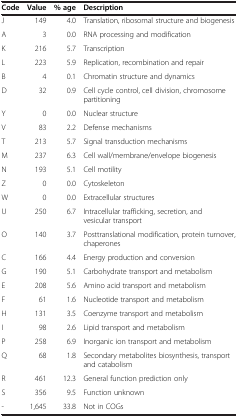
<table><thead><tr><td><b>Code</b></td><td><b>Value</b></td><td><b>% age</b></td><td><b>Description</b></td></tr></thead><tbody><tr><td>J</td><td>149</td><td>4.0</td><td>Translation, ribosomal structure and biogenesis</td></tr><tr><td>A</td><td>3</td><td>0.0</td><td>RNA processing and modification</td></tr><tr><td>K</td><td>216</td><td>5.7</td><td>Transcription</td></tr><tr><td>L</td><td>223</td><td>5.9</td><td>Replication, recombination and repair</td></tr><tr><td>B</td><td>4</td><td>0.1</td><td>Chromatin structure and dynamics</td></tr><tr><td>D</td><td>32</td><td>0.9</td><td>Cell cycle control, cell division, chromosome partitioning</td></tr><tr><td>Y</td><td>0</td><td>0.0</td><td>Nuclear structure</td></tr><tr><td>V</td><td>83</td><td>2.2</td><td>Defense mechanisms</td></tr><tr><td>T</td><td>213</td><td>5.7</td><td>Signal transduction mechanisms</td></tr><tr><td>M</td><td>237</td><td>6.3</td><td>Cell wall/membrane/envelope biogenesis</td></tr><tr><td>N</td><td>193</td><td>5.1</td><td>Cell motility</td></tr><tr><td>Z</td><td>0</td><td>0.0</td><td>Cytoskeleton</td></tr><tr><td>W</td><td>0</td><td>0.0</td><td>Extracellular structures</td></tr><tr><td>U</td><td>250</td><td>6.7</td><td>Intracellular trafficking, secretion, and vesicular transport</td></tr><tr><td>O</td><td>140</td><td>3.7</td><td>Posttranslational modification, protein turnover, chaperones</td></tr><tr><td>C</td><td>166</td><td>4.4</td><td>Energy production and conversion</td></tr><tr><td>G</td><td>190</td><td>5.1</td><td>Carbohydrate transport and metabolism</td></tr><tr><td>E</td><td>208</td><td>5.6</td><td>Amino acid transport and metabolism</td></tr><tr><td>F</td><td>61</td><td>1.6</td><td>Nucleotide transport and metabolism</td></tr><tr><td>H</td><td>131</td><td>3.5</td><td>Coenzyme transport and metabolism</td></tr><tr><td>I</td><td>98</td><td>2.6</td><td>Lipid transport and metabolism</td></tr><tr><td>P</td><td>258</td><td>6.9</td><td>Inorganic ion transport and metabolism</td></tr><tr><td>Q</td><td>68</td><td>1.8</td><td>Secondary metabolites biosynthesis, transport and catabolism</td></tr><tr><td>R</td><td>461</td><td>12.3</td><td>General function prediction only</td></tr><tr><td>S</td><td>356</td><td>9.5</td><td>Function unknown</td></tr><tr><td>-</td><td>1,645</td><td>33.8</td><td>Not in COGs</td></tr></tbody></table>